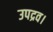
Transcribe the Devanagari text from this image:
उपद्रव।